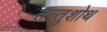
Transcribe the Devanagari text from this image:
तन्तुशोथ